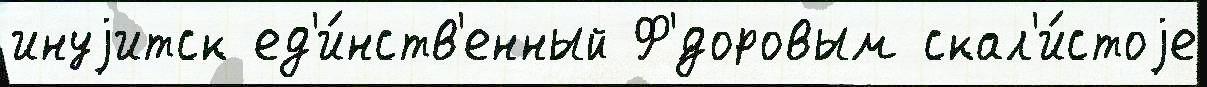
инуjитск ед'и́нств'енный Ф'́доровым скал'и́стоjе